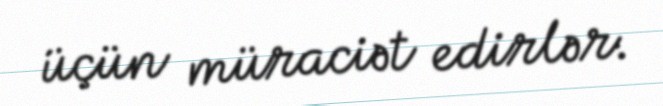
üçün müraciət edirlər.